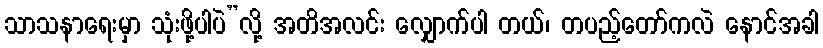
သာသနာရေးမှာ သုံးဖို့ပါပဲ”လို့ အတိအလင်း လျှောက်ပါ တယ်၊ တပည့်တော်ကလဲ နောင်အခါ